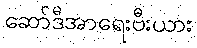
ဆော်ဒီအာရေးဗီးယား